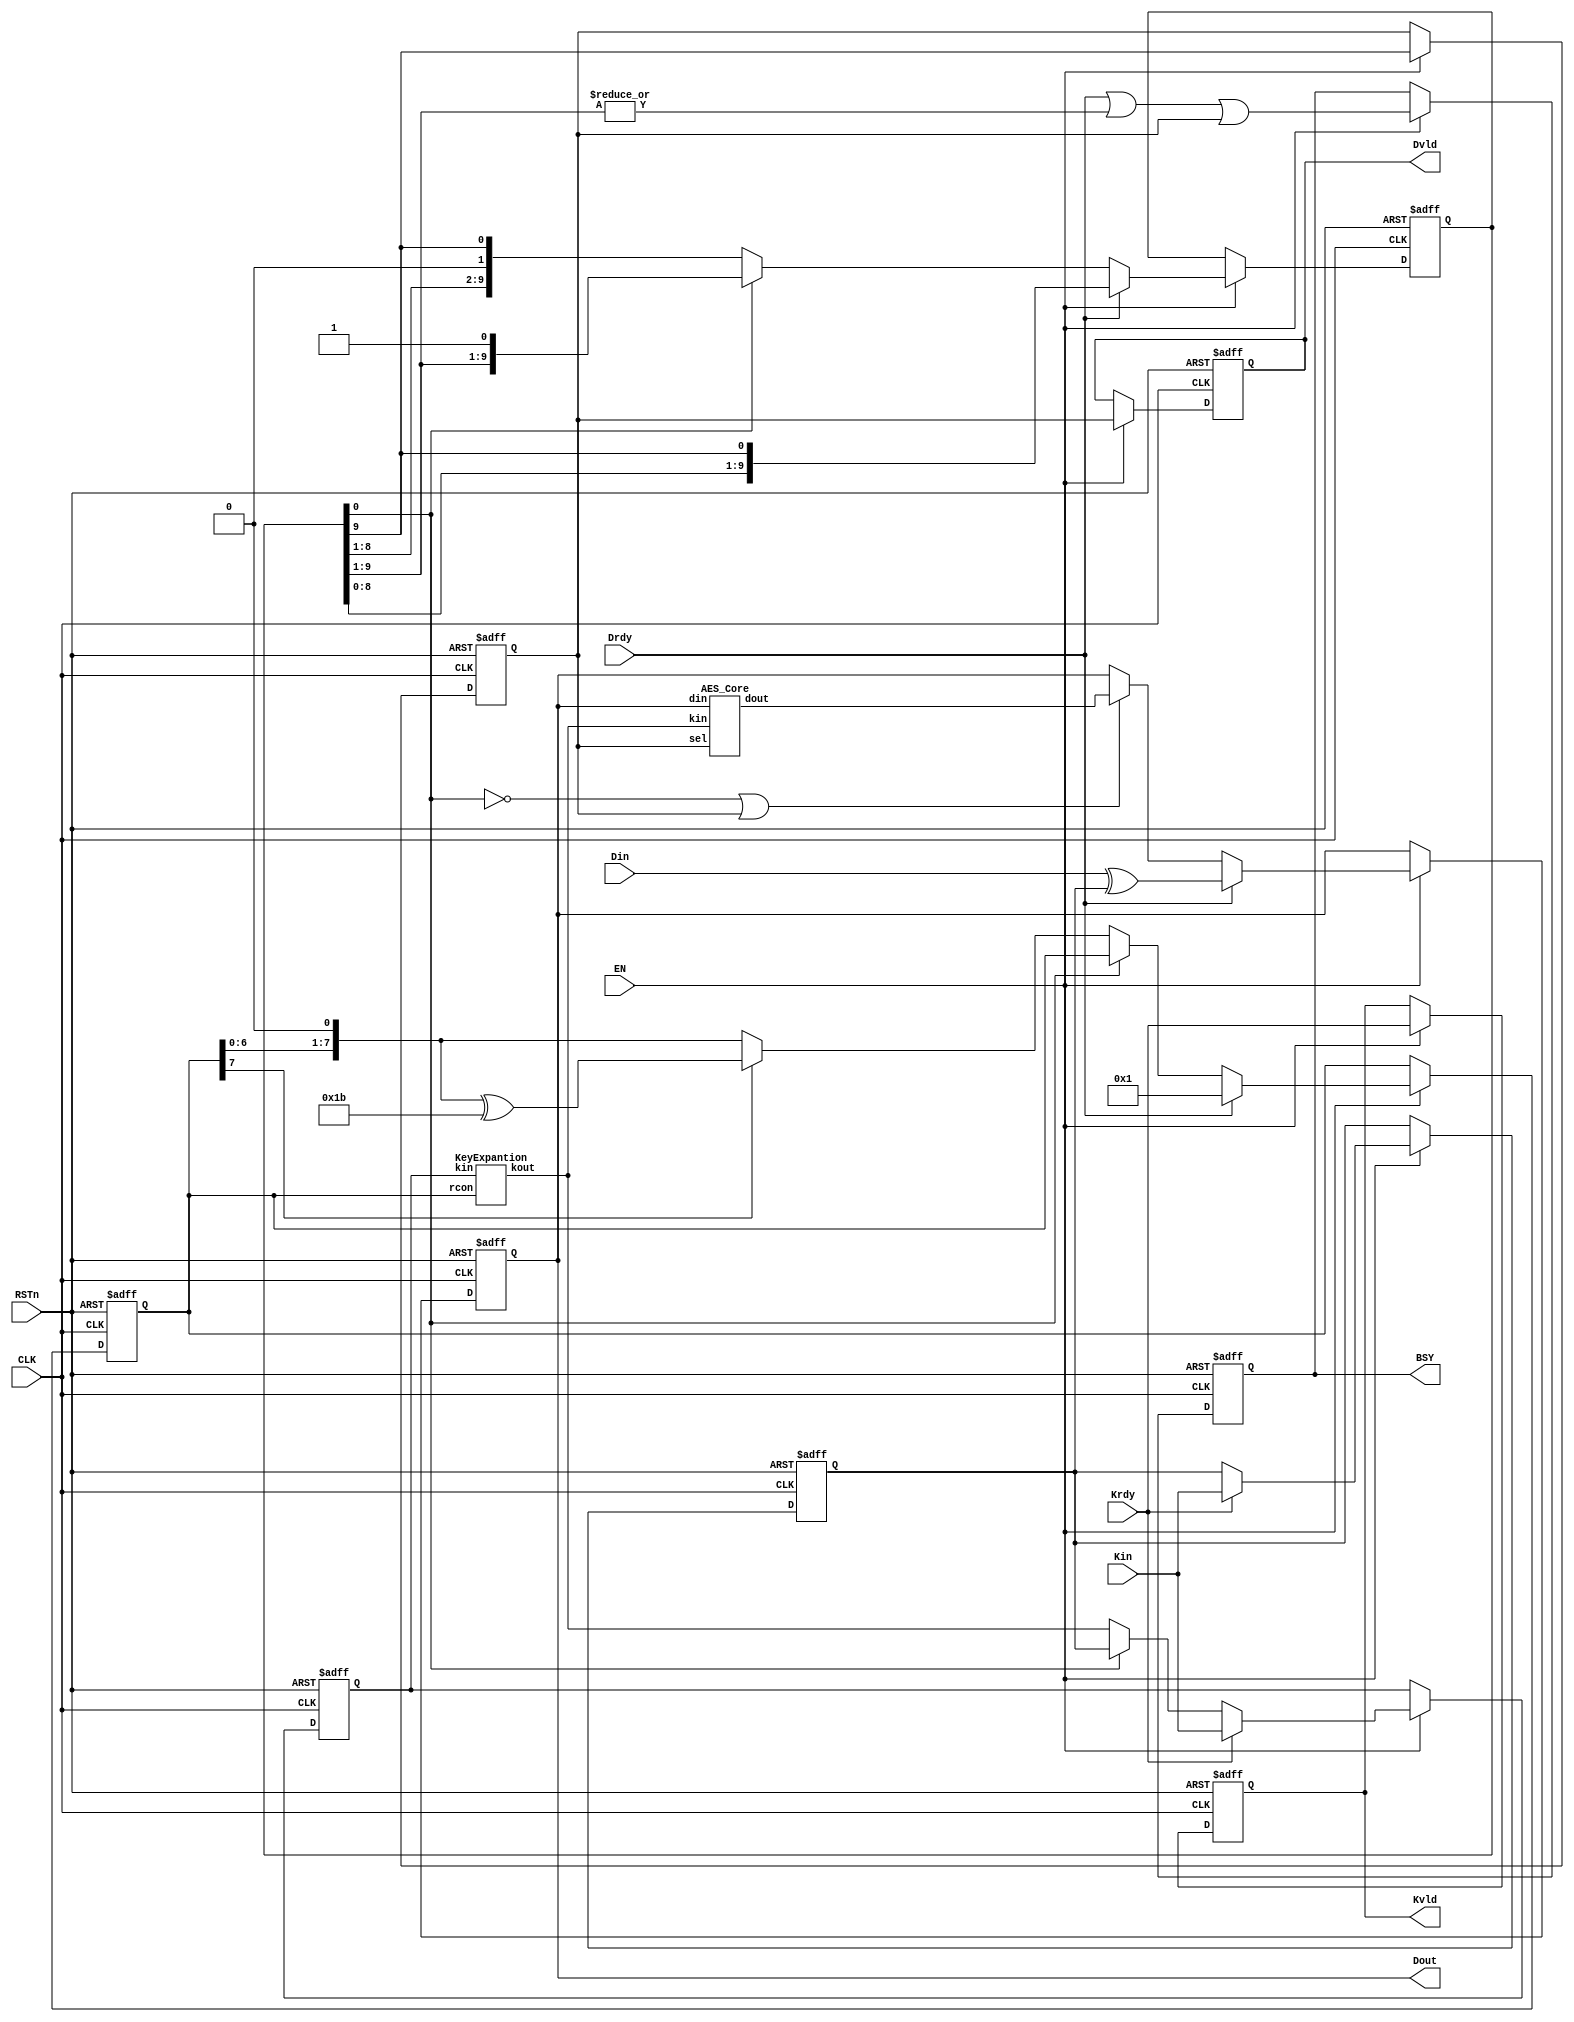
/*-------------------------------------------------------------------------
 AES (128-bit, table S-box, encryption)

 File name   : aes_table_enc.v
 Version     : 1.0
 Created     : MAY/30/2012
 Last update : MAY/30/2012
 Desgined by : Toshihiro Katashita
 

 Copyright (C) 2012 AIST
 
 By using this code, you agree to the following terms and conditions.
 
 This code is copyrighted by AIST ("us").
 
 Permission is hereby granted to copy, reproduce, redistribute or
 otherwise use this code as long as: there is no monetary profit gained
 specifically from the use or reproduction of this code, it is not sold,
 rented, traded or otherwise marketed, and this copyright notice is
 included prominently in any copy made.
 
 We shall not be liable for any damages, including without limitation
 direct, indirect, incidental, special or consequential damages arising
 from the use of this code.
 
 When you publish any results arising from the use of this code, we will
 appreciate it if you can cite our webpage.
(http://www.risec.aist.go.jp/project/sasebo/)
 -------------------------------------------------------------------------*/


//================================================ AES_Table_enc
module AES_Table_enc
  (Kin, Din, Dout, Krdy, Drdy, Kvld, Dvld, EN, BSY, CLK, RSTn);

   //------------------------------------------------
   input  [127:0] Kin;  // Key input
   input [127:0]  Din;  // Data input
   output [127:0] Dout; // Data output
   input          Krdy; // Key input ready
   input          Drdy; // Data input ready
   output         Kvld; // Data output valid
   output         Dvld; // Data output valid

   input          EN;   // AES circuit enable
   output         BSY;  // Busy signal
   input          CLK;  // System clock
   input          RSTn; // Reset (Low active)

   //------------------------------------------------
   reg [127:0]    dat, key, rkey;
   wire [127:0]   dat_next, rkey_next;
   reg [9:0]      rnd;  
   reg [7:0]      rcon; 
   reg            sel;  // Indicate final round
   reg            Dvld, Kvld, BSY;
   wire           rst;
   
   //------------------------------------------------
   assign rst = ~RSTn;
     
   always @(posedge CLK or posedge rst) begin
      if (rst)     Dvld <= 0;
      else if (EN) Dvld <= sel;
   end

   always @(posedge CLK or posedge rst) begin
      if (rst) Kvld <= 0;
      else if (EN) Kvld <= Krdy;
   end

   always @(posedge CLK or posedge rst) begin
      if (rst) BSY <= 0;
      else if (EN) BSY <= Drdy | |rnd[9:1] | sel;
   end
   
   AES_Core aes_core 
     (.din(dat),  .dout(dat_next),  .kin(rkey_next), .sel(sel));
   KeyExpantion keyexpantion 
     (.kin(rkey), .kout(rkey_next), .rcon(rcon));
   
   always @(posedge CLK or posedge rst) begin
      if (rst)             rnd <= 10'b0000_0000_01;
      else if (EN) begin
         if (Drdy)         rnd <= {rnd[8:0], rnd[9]};
         else if (~rnd[0]) rnd <= {rnd[8:0], rnd[9]};
      end
   end
   
   always @(posedge CLK or posedge rst) begin
      if (rst)     sel <= 0;
      else if (EN) sel <= rnd[9];
   end
   
   always @(posedge CLK or posedge rst) begin
      if (rst)                 dat <= 128'h0;
      else if (EN) begin
         if (Drdy)             dat <= Din ^ key;
         else if (~rnd[0]|sel) dat <= dat_next;
      end
   end
   assign Dout = dat;
   
   always @(posedge CLK or posedge rst) begin
      if (rst)     key <= 128'h0;
      else if (EN)
        if (Krdy)  key <= Kin;
   end

   always @(posedge CLK or posedge rst) begin
      if (rst)         rkey <= 128'h0;
      else if (EN) begin
         if (Krdy)   rkey <= Kin;
         else if (rnd[0]) rkey <= key;
         else             rkey <= rkey_next;
      end
   end
   
   always @(posedge CLK or posedge rst) begin
     if (rst)          rcon <= 8'h01;
     else if (EN) begin
        if (Drdy)    rcon <= 8'h01;
        else if (~rnd[0]) rcon <= xtime(rcon);
     end
   end
   
   function [7:0] xtime;
      input [7:0] x;
      xtime = (x[7]==1'b0)? {x[6:0],1'b0} : {x[6:0],1'b0} ^ 8'h1B;
   endfunction

endmodule // AES_Table_enc



//================================================ KeyExpantion
module KeyExpantion (kin, kout, rcon);

   //------------------------------------------------
   input [127:0]  kin;
   output [127:0] kout;
   input [7:0] 	  rcon;

   //------------------------------------------------
   wire [31:0]    ws, wr, w0, w1, w2, w3;

   //------------------------------------------------
   SubBytes SB0 ({kin[23:16], kin[15:8], kin[7:0], kin[31:24]}, ws);
   assign wr = {(ws[31:24] ^ rcon), ws[23:0]};

   assign w0 = wr ^ kin[127:96];
   assign w1 = w0 ^ kin[95:64];
   assign w2 = w1 ^ kin[63:32];
   assign w3 = w2 ^ kin[31:0];

   assign kout = {w0, w1, w2, w3};

endmodule // KeyExpantion



//================================================ AES_Core
module AES_Core (din, dout, kin, sel);

   //------------------------------------------------
   input  [127:0] din, kin;
   input          sel;
   output [127:0] dout;
   
   //------------------------------------------------
   wire [31:0] st0, st1, st2, st3, // state
               sb0, sb1, sb2, sb3, // SubBytes
               sr0, sr1, sr2, sr3, // ShiftRows
               sc0, sc1, sc2, sc3, // MixColumns
               sk0, sk1, sk2, sk3; // AddRoundKey

   //------------------------------------------------
   // din -> state
   assign st0 = din[127:96];
   assign st1 = din[ 95:64];
   assign st2 = din[ 63:32];
   assign st3 = din[ 31: 0];

   // SubBytes
   SubBytes SB0 (st0, sb0);
   SubBytes SB1 (st1, sb1);
   SubBytes SB2 (st2, sb2);
   SubBytes SB3 (st3, sb3);

   // ShiftRows
   assign sr0 = {sb0[31:24], sb1[23:16], sb2[15: 8], sb3[ 7: 0]};
   assign sr1 = {sb1[31:24], sb2[23:16], sb3[15: 8], sb0[ 7: 0]};
   assign sr2 = {sb2[31:24], sb3[23:16], sb0[15: 8], sb1[ 7: 0]};
   assign sr3 = {sb3[31:24], sb0[23:16], sb1[15: 8], sb2[ 7: 0]};

   // MixColumns
   MixColumns MC0 (sr0, sc0);
   MixColumns MC1 (sr1, sc1);
   MixColumns MC2 (sr2, sc2);
   MixColumns MC3 (sr3, sc3);

   // AddRoundKey
   assign sk0 = (sel) ? sr0 ^ kin[127:96] : sc0 ^ kin[127:96];
   assign sk1 = (sel) ? sr1 ^ kin[ 95:64] : sc1 ^ kin[ 95:64];
   assign sk2 = (sel) ? sr2 ^ kin[ 63:32] : sc2 ^ kin[ 63:32];
   assign sk3 = (sel) ? sr3 ^ kin[ 31: 0] : sc3 ^ kin[ 31: 0];

   // state -> dout
   assign dout = {sk0, sk1, sk2, sk3};
endmodule // AES_Core



//================================================ MixColumns
module MixColumns(x, y);

   //------------------------------------------------
   input  [31:0]  x;
   output [31:0]  y;

   //------------------------------------------------
   wire [7:0]    a0, a1, a2, a3;
   wire [7:0]    b0, b1, b2, b3;

   assign a0 = x[31:24];
   assign a1 = x[23:16];
   assign a2 = x[15: 8];
   assign a3 = x[ 7: 0];

   assign b0 = xtime(a0);
   assign b1 = xtime(a1);
   assign b2 = xtime(a2);
   assign b3 = xtime(a3);

   assign y[31:24] =    b0 ^ a1^b1 ^ a2    ^ a3;
   assign y[23:16] = a0        ^b1 ^ a2^b2 ^ a3;
   assign y[15: 8] = a0    ^ a1        ^b2 ^ a3^b3;
   assign y[ 7: 0] = a0^b0 ^ a1    ^ a2        ^b3;
  
   function [7:0] xtime;
      input [7:0] x;
      xtime = (x[7]==1'b0)? {x[6:0],1'b0} : {x[6:0],1'b0} ^ 8'h1B;
   endfunction
   
endmodule // MixColumns



//================================================ SubBytes
module SubBytes (x, y);

   //------------------------------------------------
   input  [31:0] x;
   output [31:0] y;

   //------------------------------------------------
   assign y = {s(x[31:24]), s(x[23:16]), s(x[15:8]), s(x[7:0])};

   function [7:0] s;
      input [7:0] x;
      case (x)
        8'h00: s=8'h63;  8'h01: s=8'h7c;  8'h02: s=8'h77;  8'h03: s=8'h7b;
        8'h04: s=8'hf2;  8'h05: s=8'h6b;  8'h06: s=8'h6f;  8'h07: s=8'hc5;
        8'h08: s=8'h30;  8'h09: s=8'h01;  8'h0A: s=8'h67;  8'h0B: s=8'h2b;
        8'h0C: s=8'hfe;  8'h0D: s=8'hd7;  8'h0E: s=8'hab;  8'h0F: s=8'h76;
        
        8'h10: s=8'hca;  8'h11: s=8'h82;  8'h12: s=8'hc9;  8'h13: s=8'h7d;
        8'h14: s=8'hfa;  8'h15: s=8'h59;  8'h16: s=8'h47;  8'h17: s=8'hf0;
        8'h18: s=8'had;  8'h19: s=8'hd4;  8'h1A: s=8'ha2;  8'h1B: s=8'haf;
        8'h1C: s=8'h9c;  8'h1D: s=8'ha4;  8'h1E: s=8'h72;  8'h1F: s=8'hc0;
        
        8'h20: s=8'hb7;  8'h21: s=8'hfd;  8'h22: s=8'h93;  8'h23: s=8'h26;
        8'h24: s=8'h36;  8'h25: s=8'h3f;  8'h26: s=8'hf7;  8'h27: s=8'hcc;
        8'h28: s=8'h34;  8'h29: s=8'ha5;  8'h2A: s=8'he5;  8'h2B: s=8'hf1;
        8'h2C: s=8'h71;  8'h2D: s=8'hd8;  8'h2E: s=8'h31;  8'h2F: s=8'h15;
        
        8'h30: s=8'h04;  8'h31: s=8'hc7;  8'h32: s=8'h23;  8'h33: s=8'hc3;
        8'h34: s=8'h18;  8'h35: s=8'h96;  8'h36: s=8'h05;  8'h37: s=8'h9a;
        8'h38: s=8'h07;  8'h39: s=8'h12;  8'h3A: s=8'h80;  8'h3B: s=8'he2;
        8'h3C: s=8'heb;  8'h3D: s=8'h27;  8'h3E: s=8'hb2;  8'h3F: s=8'h75;
        
        8'h40: s=8'h09;  8'h41: s=8'h83;  8'h42: s=8'h2c;  8'h43: s=8'h1a;
        8'h44: s=8'h1b;  8'h45: s=8'h6e;  8'h46: s=8'h5a;  8'h47: s=8'ha0;
        8'h48: s=8'h52;  8'h49: s=8'h3b;  8'h4A: s=8'hd6;  8'h4B: s=8'hb3;
        8'h4C: s=8'h29;  8'h4D: s=8'he3;  8'h4E: s=8'h2f;  8'h4F: s=8'h84;
        
        8'h50: s=8'h53;  8'h51: s=8'hd1;  8'h52: s=8'h00;  8'h53: s=8'hed;
        8'h54: s=8'h20;  8'h55: s=8'hfc;  8'h56: s=8'hb1;  8'h57: s=8'h5b;
        8'h58: s=8'h6a;  8'h59: s=8'hcb;  8'h5A: s=8'hbe;  8'h5B: s=8'h39;
        8'h5C: s=8'h4a;  8'h5D: s=8'h4c;  8'h5E: s=8'h58;  8'h5F: s=8'hcf;
        
        8'h60: s=8'hd0;  8'h61: s=8'hef;  8'h62: s=8'haa;  8'h63: s=8'hfb;
        8'h64: s=8'h43;  8'h65: s=8'h4d;  8'h66: s=8'h33;  8'h67: s=8'h85;
        8'h68: s=8'h45;  8'h69: s=8'hf9;  8'h6A: s=8'h02;  8'h6B: s=8'h7f;
        8'h6C: s=8'h50;  8'h6D: s=8'h3c;  8'h6E: s=8'h9f;  8'h6F: s=8'ha8;
        
        8'h70: s=8'h51;  8'h71: s=8'ha3;  8'h72: s=8'h40;  8'h73: s=8'h8f;
        8'h74: s=8'h92;  8'h75: s=8'h9d;  8'h76: s=8'h38;  8'h77: s=8'hf5;
        8'h78: s=8'hbc;  8'h79: s=8'hb6;  8'h7A: s=8'hda;  8'h7B: s=8'h21;
        8'h7C: s=8'h10;  8'h7D: s=8'hff;  8'h7E: s=8'hf3;  8'h7F: s=8'hd2;
        
        8'h80: s=8'hcd;  8'h81: s=8'h0c;  8'h82: s=8'h13;  8'h83: s=8'hec;
        8'h84: s=8'h5f;  8'h85: s=8'h97;  8'h86: s=8'h44;  8'h87: s=8'h17;
        8'h88: s=8'hc4;  8'h89: s=8'ha7;  8'h8A: s=8'h7e;  8'h8B: s=8'h3d;
        8'h8C: s=8'h64;  8'h8D: s=8'h5d;  8'h8E: s=8'h19;  8'h8F: s=8'h73;
        
        8'h90: s=8'h60;  8'h91: s=8'h81;  8'h92: s=8'h4f;  8'h93: s=8'hdc;
        8'h94: s=8'h22;  8'h95: s=8'h2a;  8'h96: s=8'h90;  8'h97: s=8'h88;
        8'h98: s=8'h46;  8'h99: s=8'hee;  8'h9A: s=8'hb8;  8'h9B: s=8'h14;
        8'h9C: s=8'hde;  8'h9D: s=8'h5e;  8'h9E: s=8'h0b;  8'h9F: s=8'hdb;
        
        8'hA0: s=8'he0;  8'hA1: s=8'h32;  8'hA2: s=8'h3a;  8'hA3: s=8'h0a;
        8'hA4: s=8'h49;  8'hA5: s=8'h06;  8'hA6: s=8'h24;  8'hA7: s=8'h5c;
        8'hA8: s=8'hc2;  8'hA9: s=8'hd3;  8'hAA: s=8'hac;  8'hAB: s=8'h62;
        8'hAC: s=8'h91;  8'hAD: s=8'h95;  8'hAE: s=8'he4;  8'hAF: s=8'h79;
        
        8'hB0: s=8'he7;  8'hB1: s=8'hc8;  8'hB2: s=8'h37;  8'hB3: s=8'h6d;
        8'hB4: s=8'h8d;  8'hB5: s=8'hd5;  8'hB6: s=8'h4e;  8'hB7: s=8'ha9;
        8'hB8: s=8'h6c;  8'hB9: s=8'h56;  8'hBA: s=8'hf4;  8'hBB: s=8'hea;
        8'hBC: s=8'h65;  8'hBD: s=8'h7a;  8'hBE: s=8'hae;  8'hBF: s=8'h08;
        
        8'hC0: s=8'hba;  8'hC1: s=8'h78;  8'hC2: s=8'h25;  8'hC3: s=8'h2e;
        8'hC4: s=8'h1c;  8'hC5: s=8'ha6;  8'hC6: s=8'hb4;  8'hC7: s=8'hc6;
        8'hC8: s=8'he8;  8'hC9: s=8'hdd;  8'hCA: s=8'h74;  8'hCB: s=8'h1f;
        8'hCC: s=8'h4b;  8'hCD: s=8'hbd;  8'hCE: s=8'h8b;  8'hCF: s=8'h8a;

        8'hD0: s=8'h70;  8'hD1: s=8'h3e;  8'hD2: s=8'hb5;  8'hD3: s=8'h66;
        8'hD4: s=8'h48;  8'hD5: s=8'h03;  8'hD6: s=8'hf6;  8'hD7: s=8'h0e;
        8'hD8: s=8'h61;  8'hD9: s=8'h35;  8'hDA: s=8'h57;  8'hDB: s=8'hb9;
        8'hDC: s=8'h86;  8'hDD: s=8'hc1;  8'hDE: s=8'h1d;  8'hDF: s=8'h9e;
        
        8'hE0: s=8'he1;  8'hE1: s=8'hf8;  8'hE2: s=8'h98;  8'hE3: s=8'h11;
        8'hE4: s=8'h69;  8'hE5: s=8'hd9;  8'hE6: s=8'h8e;  8'hE7: s=8'h94;
        8'hE8: s=8'h9b;  8'hE9: s=8'h1e;  8'hEA: s=8'h87;  8'hEB: s=8'he9;
        8'hEC: s=8'hce;  8'hED: s=8'h55;  8'hEE: s=8'h28;  8'hEF: s=8'hdf;
        
        8'hF0: s=8'h8c;  8'hF1: s=8'ha1;  8'hF2: s=8'h89;  8'hF3: s=8'h0d;
        8'hF4: s=8'hbf;  8'hF5: s=8'he6;  8'hF6: s=8'h42;  8'hF7: s=8'h68;
        8'hF8: s=8'h41;  8'hF9: s=8'h99;  8'hFA: s=8'h2d;  8'hFB: s=8'h0f;
        8'hFC: s=8'hb0;  8'hFD: s=8'h54;  8'hFE: s=8'hbb;  8'hFF: s=8'h16;
      endcase
   endfunction

endmodule // SubBytes